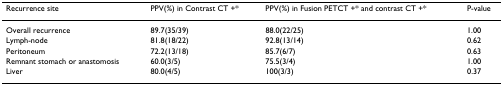
<table><thead><tr><td><b>Recurrence site</b></td><td><b>PPV(%) in Contrast CT +*</b></td><td><b>PPV(%) in Fusion PETCT +* and contrast CT +*</b></td><td><b>P-value</b></td></tr></thead><tbody><tr><td>Overall recurrence</td><td>89.7(35/39)</td><td>88.0(22/25)</td><td>1.00</td></tr><tr><td>Lymph-node</td><td>81.8(18/22)</td><td>92.8(13/14)</td><td>0.62</td></tr><tr><td>Peritoneum</td><td>72.2(13/18)</td><td>85.7(6/7)</td><td>0.63</td></tr><tr><td>Remnant stomach or anastomosis</td><td>60.0(3/5)</td><td>75.5(3/4)</td><td>1.00</td></tr><tr><td>Liver</td><td>80.0(4/5)</td><td>100(3/3)</td><td>0.37</td></tr></tbody></table>